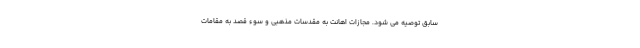
سابق توصیه می شود. مجازات اهانت به مقدسات مذهبی و سوء‌ قصد به مقامات